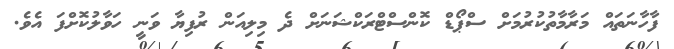
ފާހާނަތައް މަރާމާތުކުރުމަށް ސްޕޯޑް ކޮންސްޓްރަކްޝަނަށް ދެ މިލިއަން ރުފިޔާ ވަނީ ހަވާލުކޮށްފަ އެވެ.